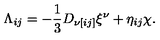
\Lambda _ { i j } = - { \frac { 1 } { 3 } } D _ { \nu [ i j ] } \xi ^ { \nu } + \eta _ { i j } \chi .